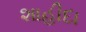
શાહીદા